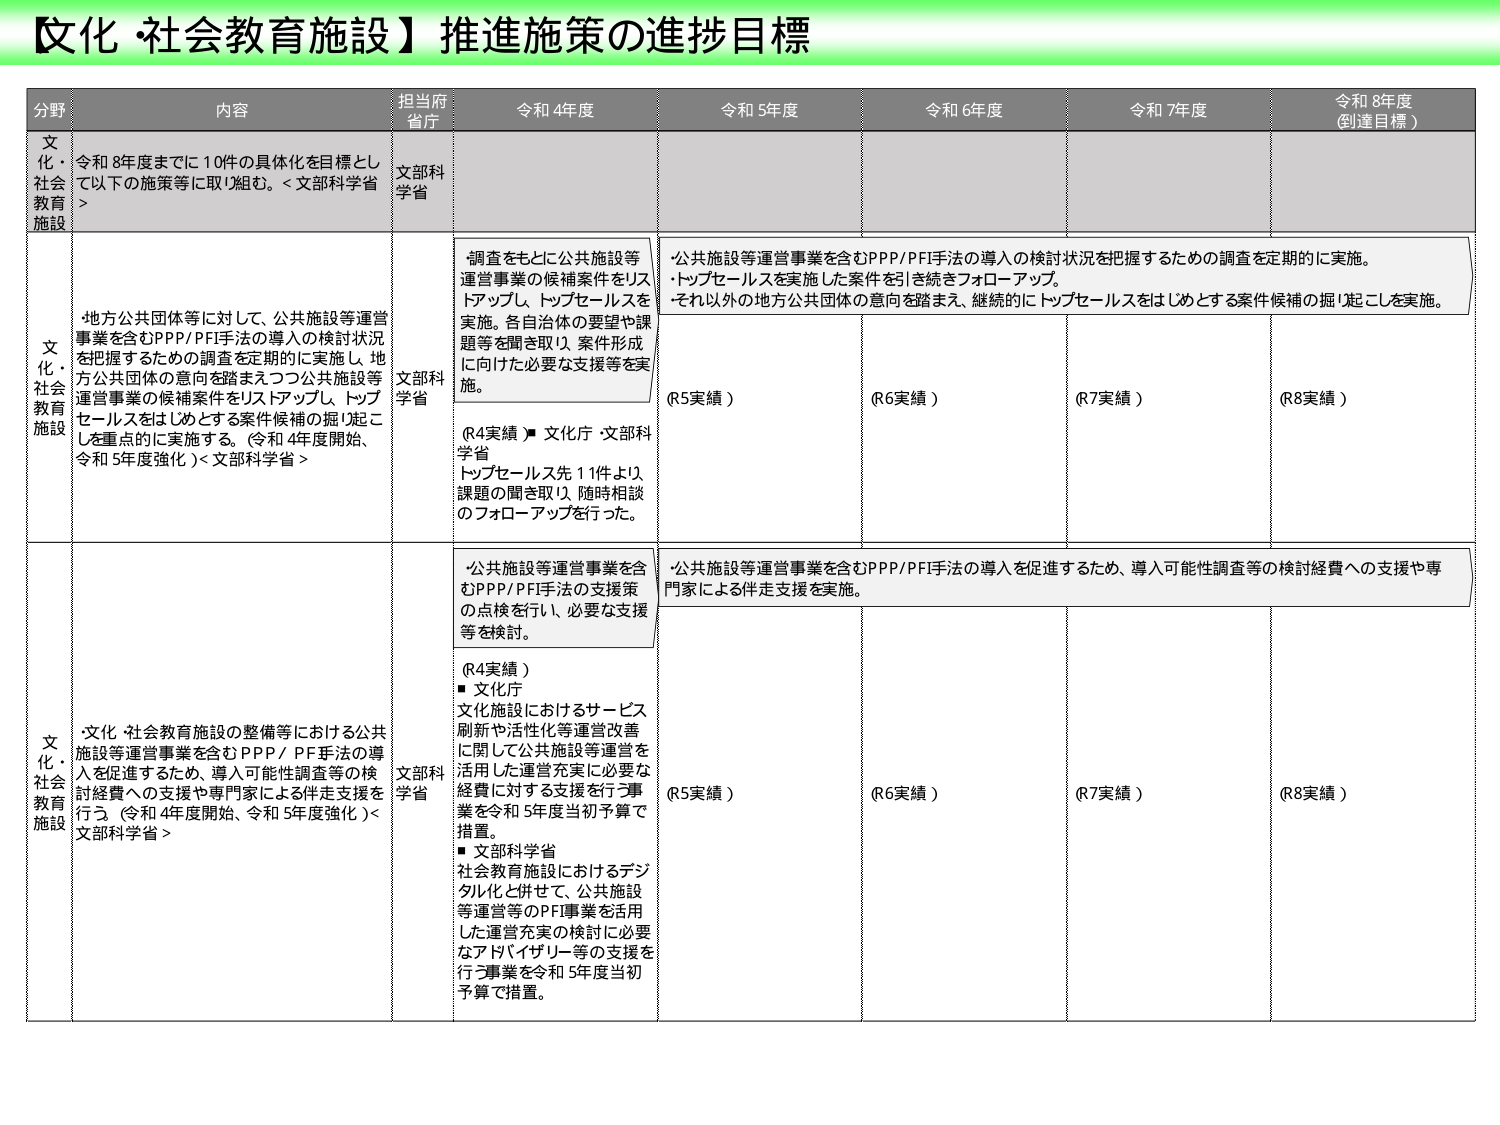
【文化・社会教育施設】推進施策の進捗目標

分野 内容 担当府省庁 令和4年度 令和5年度 令和6年度 令和7年度 令和8年度（到達目標）

文化・社会教育施設 令和8年度までに10件の具体化を目標として以下の施策等に取り組む。<文部科学省> 文部科学省

文化・社会教育施設 地方公共団体等に対して、公共施設等運営事業を含むPPP/PFI手法の導入の検討状況を把握するための調査を定期的に実施し、地方公共団体の意向を踏まえつつ公共施設等運営事業の候補案件をリストアップし、トップセールスをはじめとする案件候補の掘り起こしを重点的に実施する。（令和4年度開始、令和5年度強化）<文部科学省> 文部科学省 調査をもとに公共施設等運営事業の候補案件をリストアップし、トップセールスを実施。各自治体の要望や課題等を聞き取り、案件形成に向けた必要な支援等を実施。 （R4実績 ▶ 文化庁・文部科学省 トップセールス先11件より、課題の聞き取り、随時相談のフォローアップを行った。） 公共施設等運営事業を含むPPP/PFI手法の導入の検討状況を把握するための調査を定期的に実施。 ・トップセールスを実施した案件を引き続きフォローアップ。 ・それ以外の地方公共団体の意向を踏まえ、継続的にトップセールスをはじめとする案件候補の掘り起こしを実施。 （R5実績） （R6実績） （R7実績） （R8実績）

文化・社会教育施設 文化・社会教育施設の整備等における公共施設等運営事業を含むPPP/PF手法の導入を促進するため、導入可能性調査等の検討経費への支援や専門家による伴走支援を行う。（令和4年度開始、令和5年度強化）<文部科学省> 文部科学省 公共施設等運営事業を含むPPP/PFI手法の支援策の点検を行い、必要な支援等を検討。 （R4実績） ■文化庁 文化施設におけるサービス刷新や活性化等運営改善に関して公共施設等運営を活用した運営充実に必要な経費に対する支援を行う事業を令和5年度当初予算で措置。 ■文部科学省 社会教育施設におけるデジタル化と併せて、公共施設等運営等のPFI事業を活用した運営充実の検討に必要なアドバイザリー等の支援を行う事業を令和5年度当初予算で措置。 公共施設等運営事業を含むPPP/PFI手法の導入を促進するため、導入可能性調査等の検討経費への支援や専門家による伴走支援を実施。 （R5実績） （R6実績） （R7実績） （R8実績）